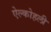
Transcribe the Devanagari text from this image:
ऐल्कोहली